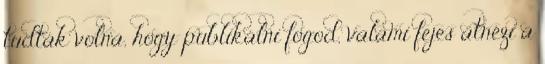
tudták volna, hogy publikálni fogod, valami fejes átnézi a